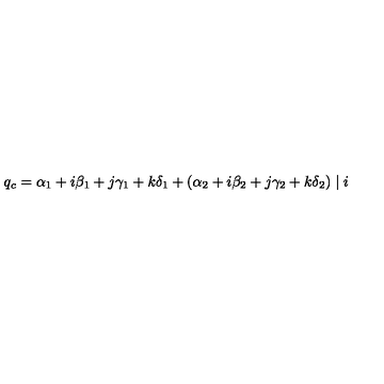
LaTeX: q _ { c } = \alpha _ { 1 } + i \beta _ { 1 } + j \gamma _ { 1 } + k \delta _ { 1 } + ( \alpha _ { 2 } + i \beta _ { 2 } + j \gamma _ { 2 } + k \delta _ { 2 } ) \mid i